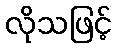
လိုသဖြင့်